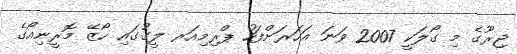
ޖިރޫގެ މި ގޯލަކީ 2007 ވަނަ އަހަރަށްފަހު ޕްރިމިއަރ ލީގުގައި ހޯޒޭ މޮރީނިއޯގެ